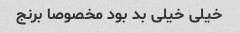
خیلی خیلی بد بود مخصوصا برنج